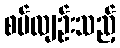
စပ်လျဉ်းသည့်